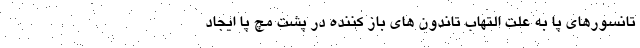
تانسورهای پا به علت التهاب تاندون های باز کننده در پشت مچ پا ایجاد